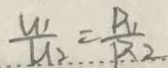
\frac { U _ { 1 } } { U _ { 2 } } = \frac { R _ { 1 } } { R _ { 2 } }